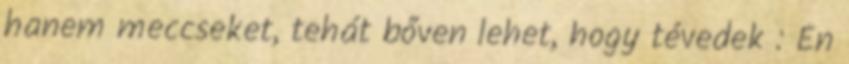
hanem meccseket, tehát bőven lehet, hogy tévedek : Én